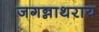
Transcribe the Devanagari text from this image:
जगन्नाथराय